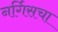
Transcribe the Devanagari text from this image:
नर्गिसचा